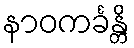
နာဝကင်္ခန္တိ